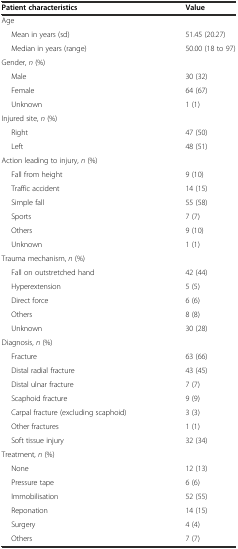
| Patient characteristics | Value |
 | --- | --- |
 | Age |  |
 | Mean in years (sd) | 51.45 (20.27) |
 | Median in years (range) | 50.00 (18 to 97) |
 | Gender, n (%) |  |
 | Male | 30 (32) |
 | Female | 64 (67) |
 | Unknown | 1 (1) |
 | Injured site, n (%) |  |
 | Right | 47 (50) |
 | Left | 48 (51) |
 | Action leading to injury, n (%) |  |
 | Fall from height | 9 (10) |
 | Traffic accident | 14 (15) |
 | Simple fall | 55 (58) |
 | Sports | 7 (7) |
 | Others | 9 (10) |
 | Unknown | 1 (1) |
 | Trauma mechanism, n (%) |  |
 | Fall on outstretched hand | 42 (44) |
 | Hyperextension | 5 (5) |
 | Direct force | 6 (6) |
 | Others | 8 (8) |
 | Unknown | 30 (28) |
 | Diagnosis, n (%) |  |
 | Fracture | 63 (66) |
 | Distal radial fracture | 43 (45) |
 | Distal ulnar fracture | 7 (7) |
 | Scaphoid fracture | 9 (9) |
 | Carpal fracture (excluding scaphoid) | 3 (3) |
 | Other fractures | 1 (1) |
 | Soft tissue injury | 32 (34) |
 | Treatment, n (%) |  |
 | None | 12 (13) |
 | Pressure tape | 6 (6) |
 | Immobilisation | 52 (55) |
 | Reponation | 14 (15) |
 | Surgery | 4 (4) |
 | Others | 7 (7) |